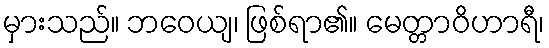
မှားသည်။ ဘဝေယျ၊ ဖြစ်ရာ၏။ မေတ္တာဝိဟာရီ၊